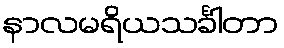
နာလမရိယသင်္ခါတာ